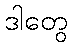
ဒါတွေ